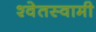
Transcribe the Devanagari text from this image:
श्वेतस्वामी